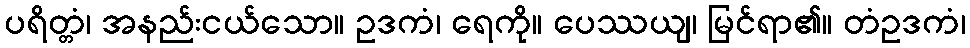
ပရိတ္တံ၊ အနည်းငယ်သော။ ဥဒကံ၊ ရေကို။ ပေဿယျ၊ မြင်ရာ၏။ တံဥဒကံ၊